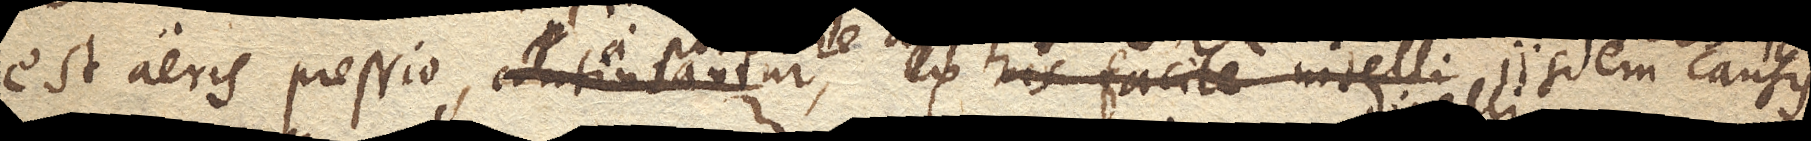
est aeris pressio, continuantur ex his facile intelli iisdem causis